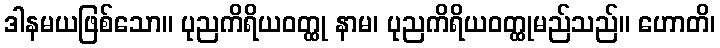
ဒါနမယဖြစ်သော။ ပုညကိရိယဝတ္ထု နာမ၊ ပုညကိရိယဝတ္ထုမည်သည်။ ဟောတိ၊